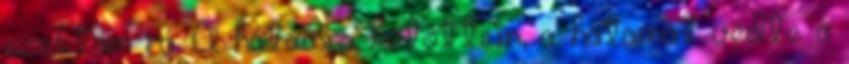
szoktam rá. A hátamra kötöttem, a hátamat védte a